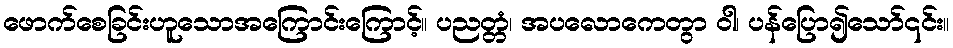
ဖောက်စေခြင်းဟူသောအကြောင်းကြောင့်။ ပညတ္တံ၊ အပလောကေတွာ ဝါ၊ ပန်ပြော၍သော်၎င်း။